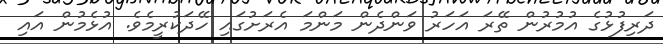
ދަރިފުޅުގެ އުމުރުން ތޭރަ އަހަރު ވަންދެން މަންމަ އެރަށުގައި ހޭދަކުރީމެވެ. އުޅެމުން އައި